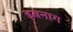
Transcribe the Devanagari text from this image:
इबनाग